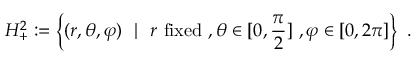
H _ { + } ^ { 2 } : = \left\{ ( r , \theta , \varphi ) \ \ | \ \ r \ \mathrm { f i x e d } \ , \theta \in [ 0 , \frac { \pi } { 2 } ] \ , \varphi \in [ 0 , 2 \pi ] \right\} \ .